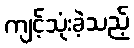
ကျင့်သုံးခဲ့သည့်